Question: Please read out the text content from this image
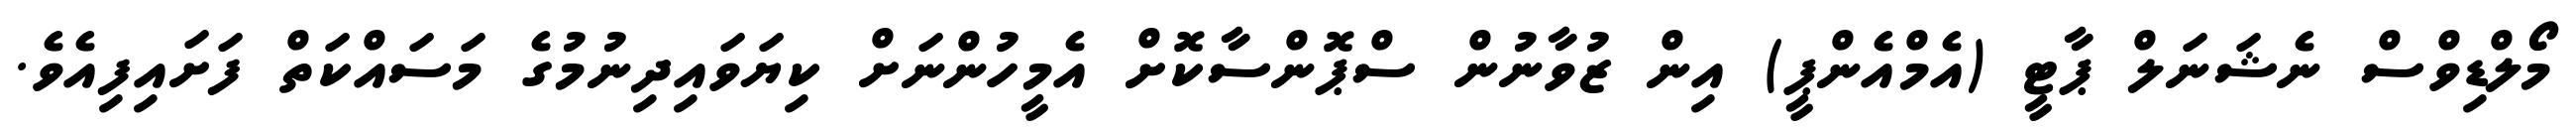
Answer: މޯލްޑިވްސް ނެޝަނަލް ޕާޓީ (އެމްއެންޕީ) އިން ޒުވާނުން ސްޕޮންސާކޮށް އެމީހުންނަށް ކިޔަވައިދިނުމުގެ މަސައްކަތް ފަށައިފިއެވެ.